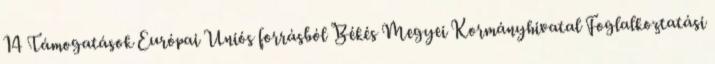
14 Támogatások Európai Uniós forrásból Békés Megyei Kormányhivatal Foglalkoztatási